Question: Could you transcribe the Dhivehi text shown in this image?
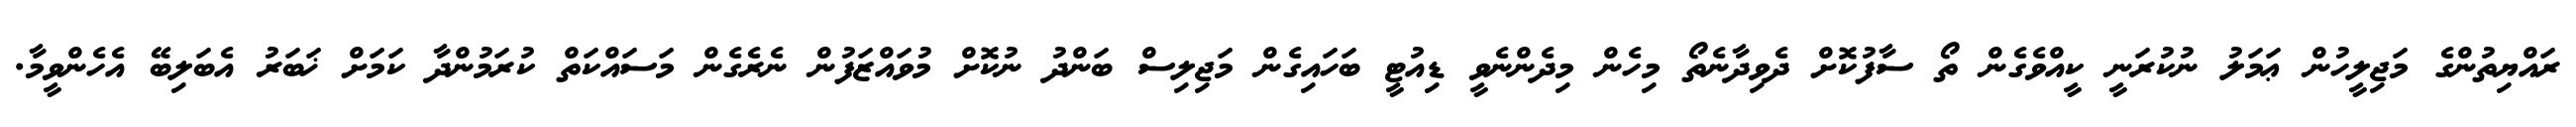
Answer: ރައްޔިތުންގެ މަޖިލީހުން ޢަމަލު ނުކުރަނީ ކީއްވެގެން ތޯ ސާފުކޮށް ދެވިދާނެތޯ މިހެން މިދެންނެވީ ޑިއުޓީ ބަހައިގެން މަޖިލިސް ބަންދު ނުކޮށް މުވައްޒަފުން ނެރެގެން މަސައްކަތް ކުރަމުންދާ ކަމަށް ޚަބަރު އެބަލިބޭ އެހެންވީމާ.